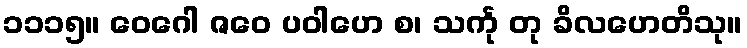
၁၁၁၅။ ဝေဂေါ ဇဝေ ပဝါဟေ စ၊ သင်္ကု တု ခိလဟေတိသု။